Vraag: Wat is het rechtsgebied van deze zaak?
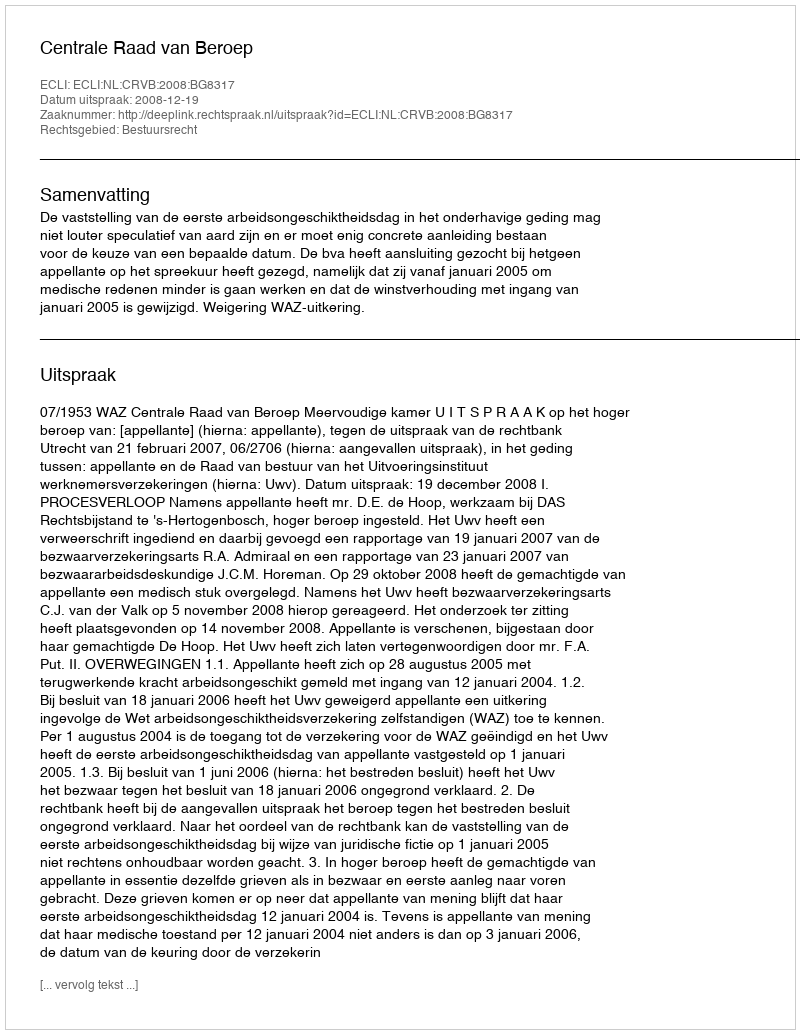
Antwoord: Bestuursrecht